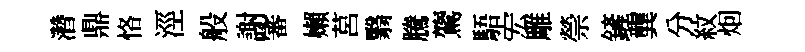
濳鼎恪涇般謝審嬾莒翳騰鷟䮏宏雕禜鏟龔分紋𤇆